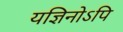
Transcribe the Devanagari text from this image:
यज्ञिनोऽपि